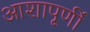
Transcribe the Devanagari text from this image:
आशापूर्णी